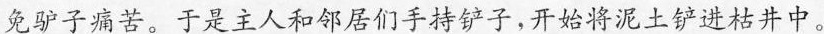
免驴子痛苦。于是主人和邻居们手持铲子，开始将泥土铲进枯井中。